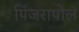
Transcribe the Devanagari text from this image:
पिंजरापोल